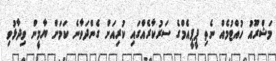
މަޝްރޫއު ހުއްޓުމެއް ނެތި ޕީޕީއެމްގެ ސަރުކާރެއްގައި ކުރިއަށް ގެންދަވާނެ ކަމަށް ޔާމީން ވިދާޅުވި